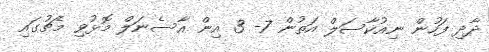
ދާދި ފަހުން ނިއުކާސަލް އަތުން 7- 3 އިން އާސެނަލް މޮޅުވި މެޗުގައި